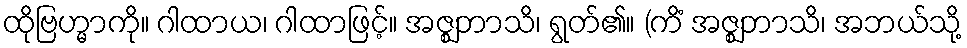
ထိုဗြဟ္မာကို။ ဂါထာယ၊ ဂါထာဖြင့်။ အဇ္ဈဘာသိ၊ ရွတ်၏။ (ကိံ အဇ္ဈဘာသိ၊ အဘယ်သို့